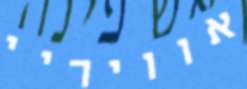
אוויריי